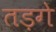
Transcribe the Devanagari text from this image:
तड़गे